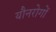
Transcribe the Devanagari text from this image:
यौनरोगों